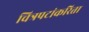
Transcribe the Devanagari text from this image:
चित्रपटांकरिता